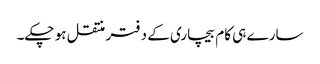
سارے ہی کام بیچاری کے دفتر منتقل ہو چکے۔